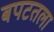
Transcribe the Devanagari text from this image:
बपटतला